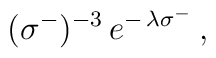
\:(\sigma^{-})^{-3}\,e^{-\,\lambda \sigma^{-}} \,,\: